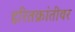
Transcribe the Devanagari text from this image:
हरितक्रांतीवर